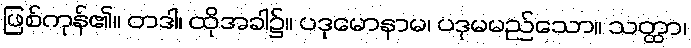
ဖြစ်ကုန်၏။ တဒါ၊ ထိုအခါ၌။ ပဒုမောနာမ၊ ပဒုမမည်သော။ သတ္ထာ၊